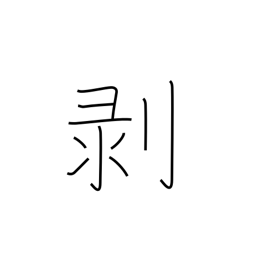
Meaning: come off